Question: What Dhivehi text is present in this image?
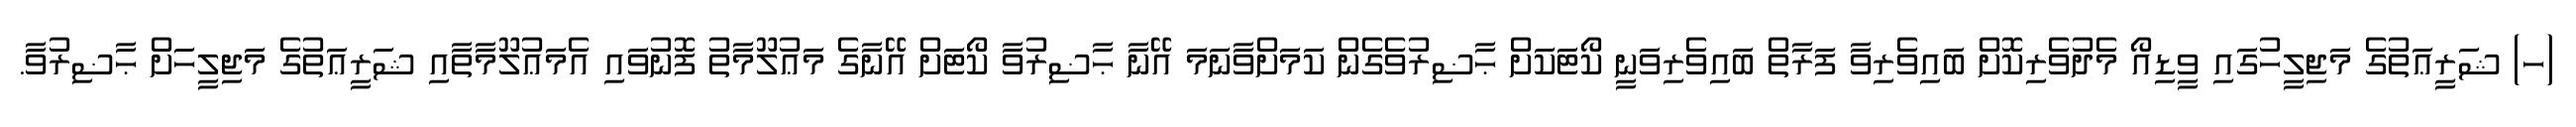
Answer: (ހ) ޝަރީޢަތުގެ މަޖިލީހުގައި ވީޑިއޯ މެދުވެރިކޮށް ބައިވެރިވާ ފަރާތް ބައިވެރިވަނީ ކޯޓަކަށް ޙާޟިރުވެގެން ކަމަށްވާނަމަ އޭނާ ޙާޟިރުވާ ކޯޓަށް އޭނާގެ މަޢުލޫމާތު ފޮނުވައި އެމަޢުލޫމާތާއި ޝަރީޢަތުގެ މަޖިލީހަށް ޙާޟިރުވާ.